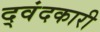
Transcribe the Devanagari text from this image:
द्वंदकारी